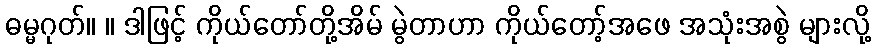
ဓမ္မဂုတ်။ ။ ဒါဖြင့် ကိုယ်တော်တို့အိမ် မွဲတာဟာ ကိုယ်တော့်အဖေ အသုံးအစွဲ များလို့